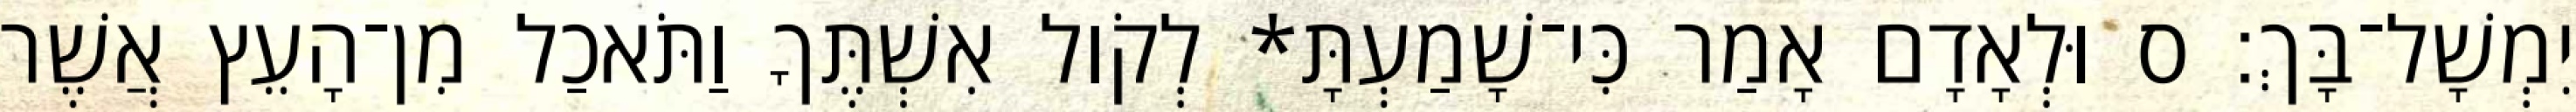
יִמְשָׁל־בָּךְ׃ ס וּלְאָדָם אָמַר כִּי־שָׁמַעְתָּ* לְקֹול אִשְׁתֶּךָ וַתֹּאכַל מִן־הָעֵץ אֲשֶׁר